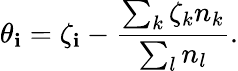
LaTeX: \theta_{\mathbf{i}}=\zeta_{\mathbf{i}}-\frac{{\sum_{k}\zeta_{k}n_{k}}}{{\sum_{l}n_{l}}}.